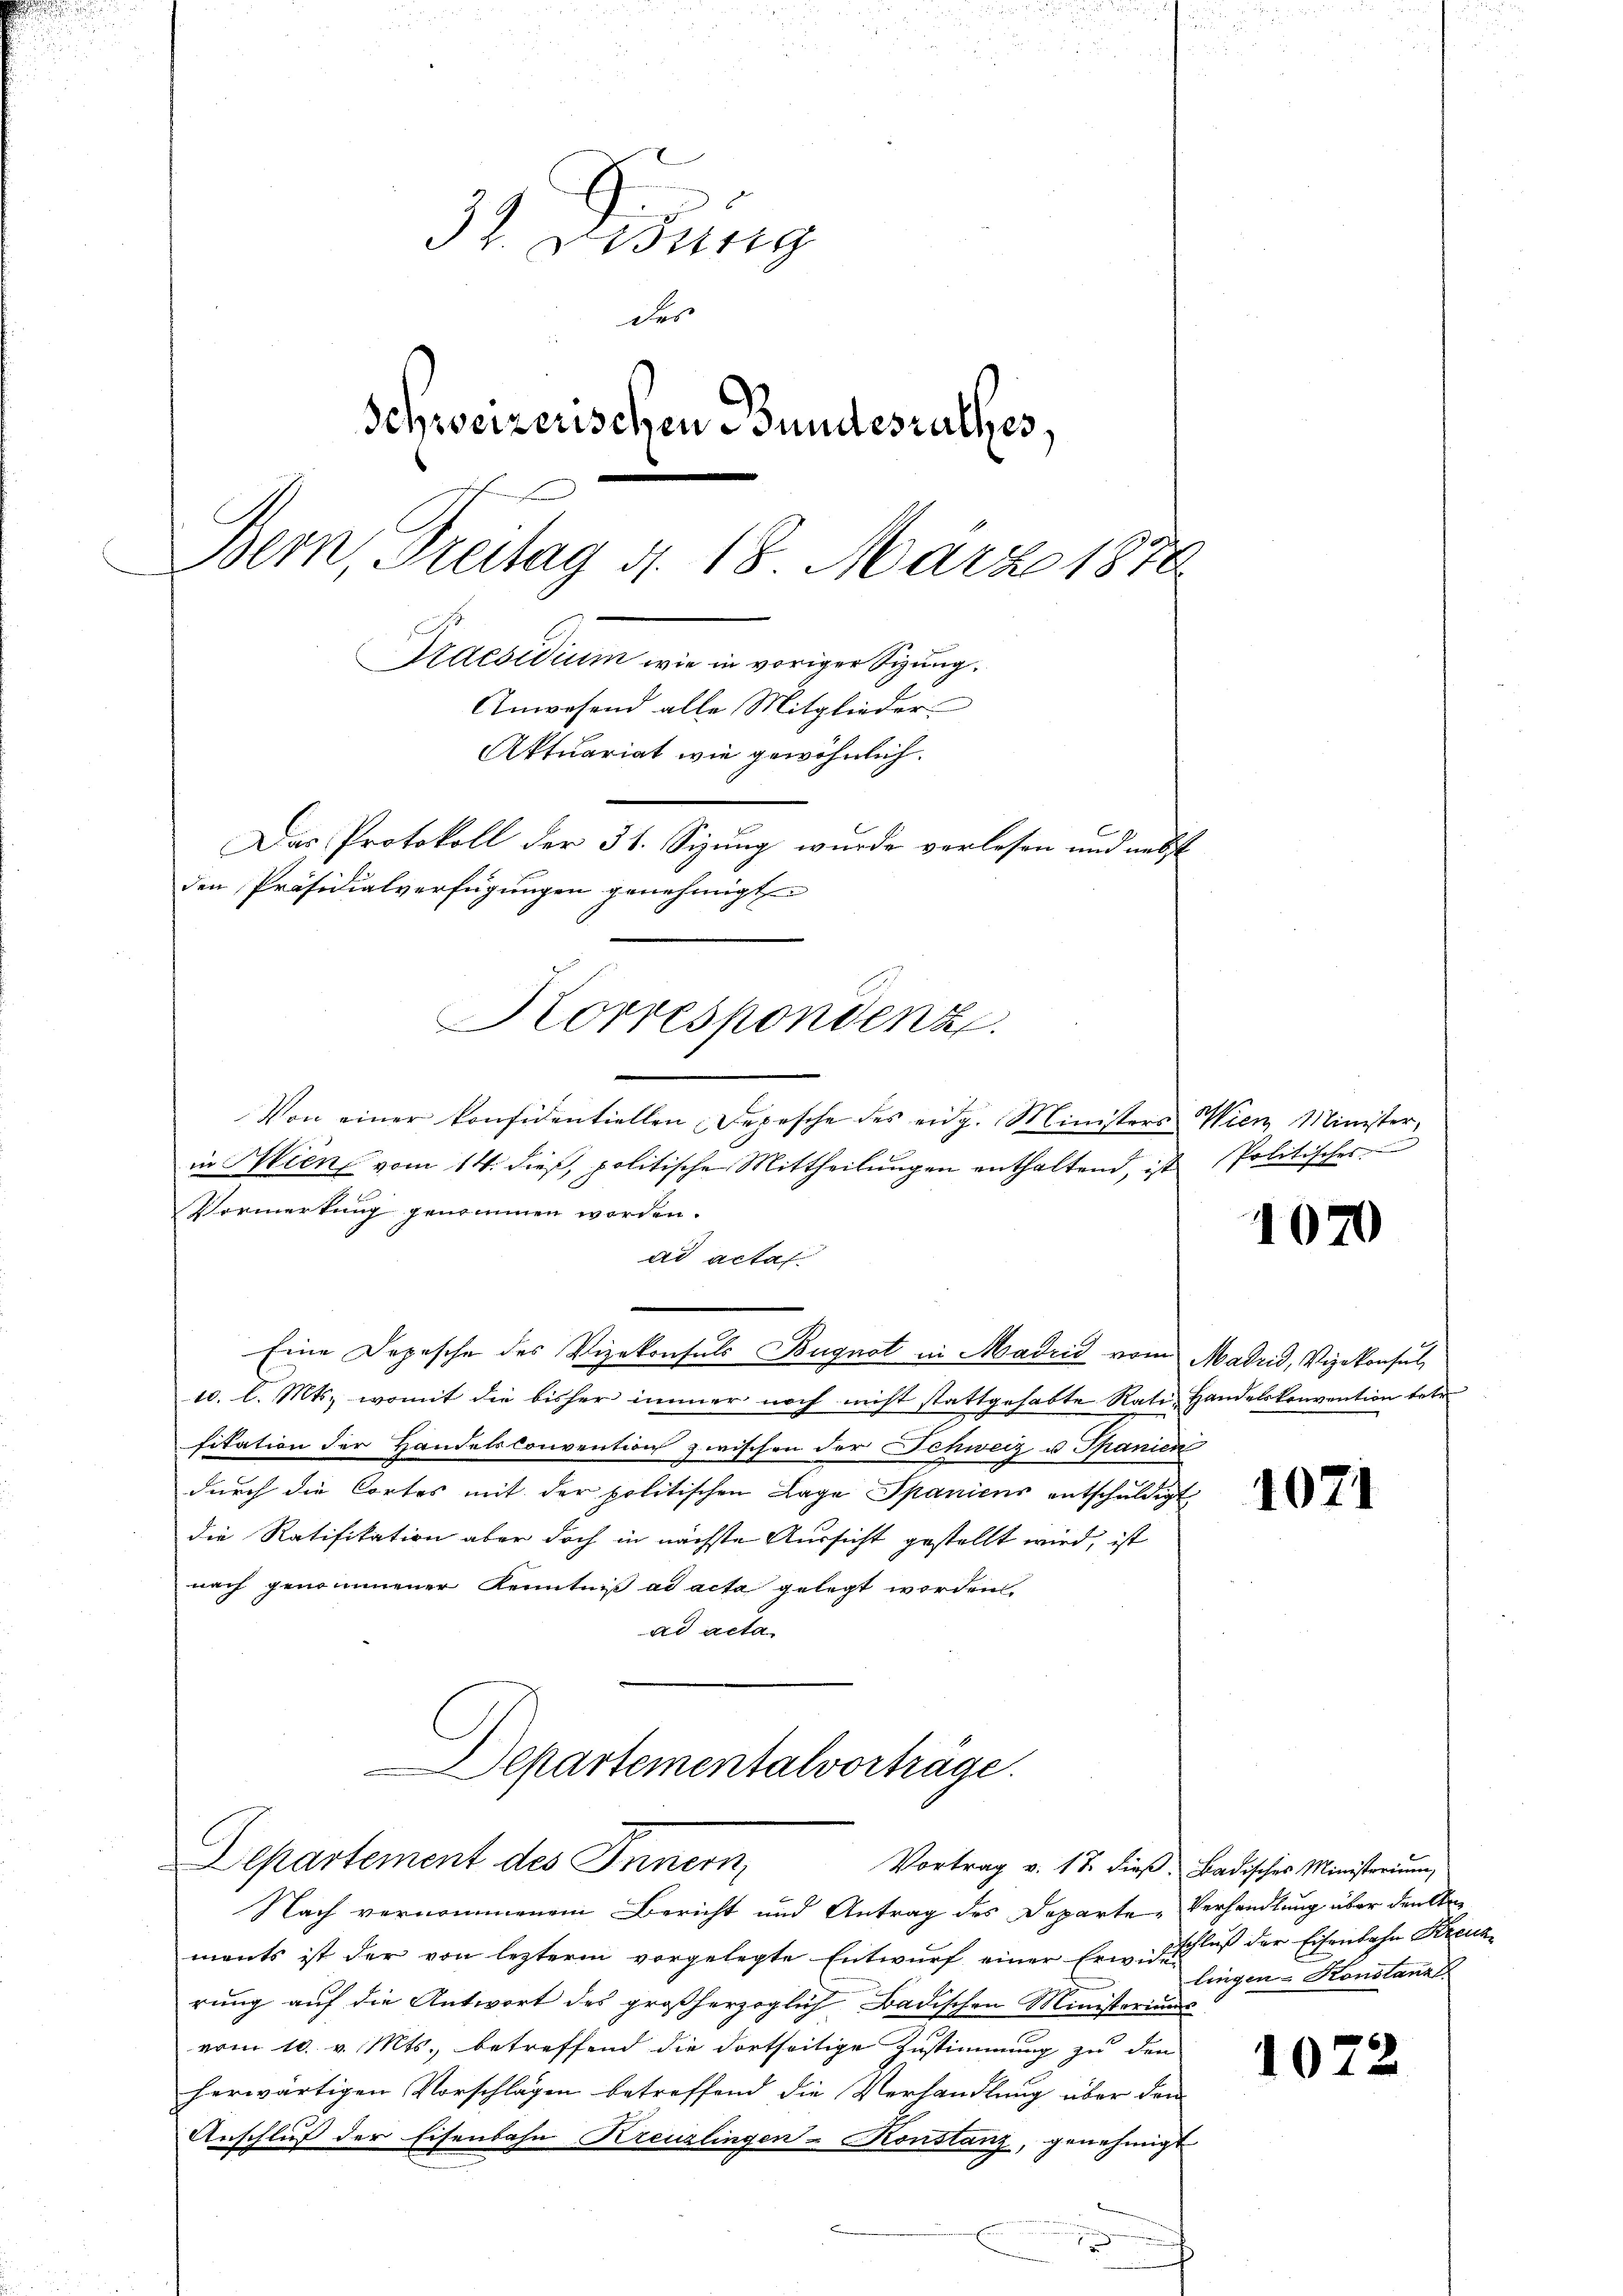
3. Widung
des
Schweizerischen Bundesrathes,
Bern, Freitag d. 18. März 1878
1
Praesidium wie in voriger Sigung
Anwesend alle Mitglieder
Aftuariat wie gewöhnlich.
Das Protokoll der 31. Sizung wurde verlesen und nebst
den Präsidialverfügungen genehmigt
Korrespondenz

Von einer konsidentiellen Depesche des eidg. Ministers Wien Minister,
in Wien vom 14. dieß, politische Mittheilungen enthaltend, ist
Vormerkung genommen worden.
ad actat
Eine Depesche des Vizekonsuls Bügnot in Madrid vom Madrid, Vizekonsul
sc. l. Mts., womit die bisher immer noch nicht stattgehabte Rati-Handelskonvention betr
sitation der Handelsconvention zwischen der Schweiz u Spanien
durch die Cortes mit der politischen Lage Spaniens entschuldigt
die Ratifikation aber doch in nächste Aussicht gestellt wird, ist
nach genommener Kenntniß ad acta gelegt worden.
ad acta.
Departementalvorträge.
Departement des Innern,
Vortrag v. 17. dieß, Badisches Ministerium
Nach vernommenem Bericht und Antrag des Departe Verhandlung über denkten
mants ist der von lezterm vorgelegte Entwurf einer Erw. Geschluß der Eisenbahn Kreuz
rung auf die Antwort des großherzoglich Badischen Ministeriums
vom 10. v. Mts., betreffend die dortseitige Zustimmung zu den
herwärtigen Vorschlagen betreffend die Verhandlung über den
Anschluß der Eisenbahn-Kreuzlingen-Konstanz, genehmigt

Politisches

107

1071

lingen-Konstan

1072